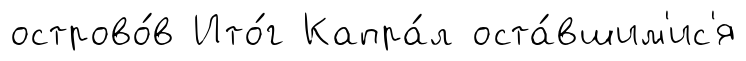
острово́в Ито́г Капра́л оста́вшим'ис'я